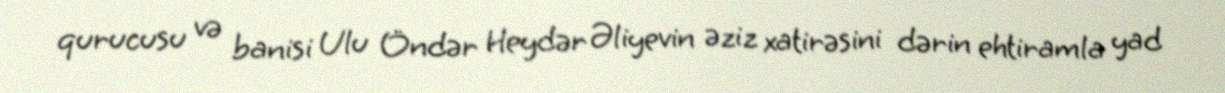
qurucusu və banisi Ulu Öndər Heydər Əliyevin əziz xatirəsini dərin ehtiramla yad